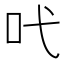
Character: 𠯅